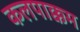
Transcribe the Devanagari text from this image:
कलपाक्कम